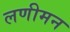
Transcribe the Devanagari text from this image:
लणीमन